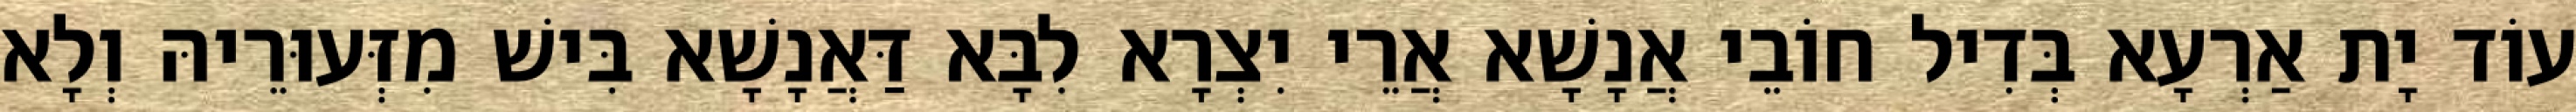
עוֹד יָת אַרְעָא בְּדִיל חוֹבֵי אֲנָשָׁא אֲרֵי יִצְרָא לִבָּא דַּאֲנָשָׁא בִּישׁ מִזְּעוּרֵיהּ וְלָא